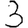
Digit: 3